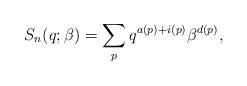
LaTeX: \begin{align*}S_n(q;\beta)= \sum_{p} q^{a(p)+i(p)} \beta^{d(p)},\end{align*}